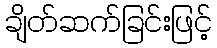
ချိတ်ဆက်ခြင်းဖြင့်